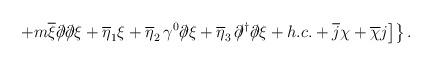
LaTeX: \begin{align*}\left. \left. + m \overline{\xi} \partial\!\!\!/ \partial\!\!\!/ \xi +\overline{\eta}_1 \xi + \overline{\eta}_2 \,\gamma ^0\partial \!\!\!/ \xi + \overline{\eta}_3\,\partial\!\!\!/^\dagger\partial\!\!\!/ \xi + h. c. + \overline{j} \chi + \overline{\chi} j \right] \right\}.\end{align*}